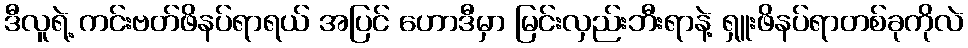
ဒီလူရဲ့ ကင်းဗတ်ဖိနပ်ရာရယ် အပြင် ဟောဒီမှာ မြင်းလှည်းဘီးရာနဲ့ ရှူးဖိနပ်ရာတစ်ခုကိုလဲ